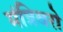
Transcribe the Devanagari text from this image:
मंत्रिवरो